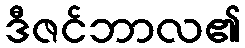
ဒီဇင်ဘာလ၏